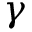
\gamma